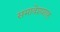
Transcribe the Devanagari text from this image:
समावेशशाह